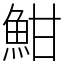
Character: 魽